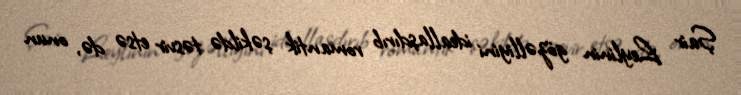
Şair Leylinin gözəlliyini ideallaşdırıb romantik şəkildə təsvir etsə də, onun